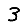
Digit: 3